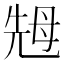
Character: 𱥜